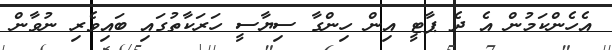
އެހެންކަމުން އެ ދެ ޕާޓީ އިން ހިންގާ ސިޔާސީ ހަރަކާތުގައި ބައިވެރި ނުވާން